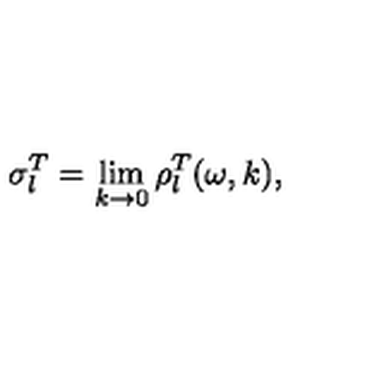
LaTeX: \sigma _ { l } ^ { T } = \lim _ { k \rightarrow 0 } \rho _ { l } ^ { T } ( \omega , k ) ,